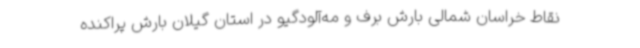
نقاط خراسان شمالی بارش برف و مه‌آلودگیو در استان گیلان بارش پراکنده